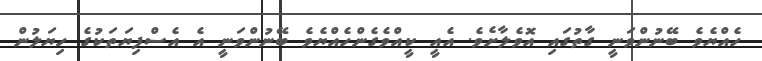
ހެއްޔެވެ ބޭނުންވަނީ ގާތުގައި އޮވެލާށެވެ. އެއީ ކީއްވެގެންހެއްޔެވެ ބޭނުންވަނީ އެ އެސްފިޔަތަކުގެ ހިޔަލުން